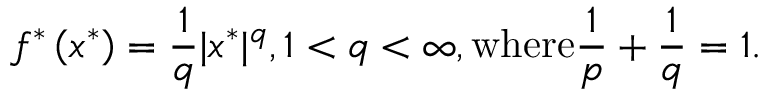
f ^ { * } \left( x ^ { * } \right) = { \frac { 1 } { q } } | x ^ { * } | ^ { q } , 1 < q < \infty , { \mathrm { w h e r e } } { \frac { 1 } { p } } + { \frac { 1 } { q } } = 1 .